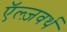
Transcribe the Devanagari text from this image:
ऍल्ज़वर्थ